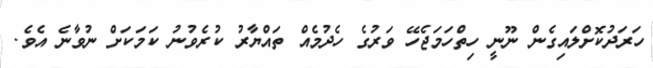
ހަރަދުކޮށްލައިގެން ނޫނީ ހިތްހަމަޖެހޭ ވަރުގެ ހެދުމެއް ތައްޔާރު ކުރެވުނު ކަމަކަށް ނުވާނެ އެވެ.